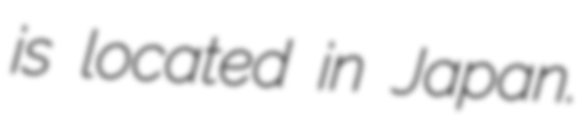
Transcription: is located in Japan.